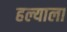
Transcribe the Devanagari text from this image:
हल्याला